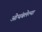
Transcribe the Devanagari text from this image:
ओथंबलेल्या